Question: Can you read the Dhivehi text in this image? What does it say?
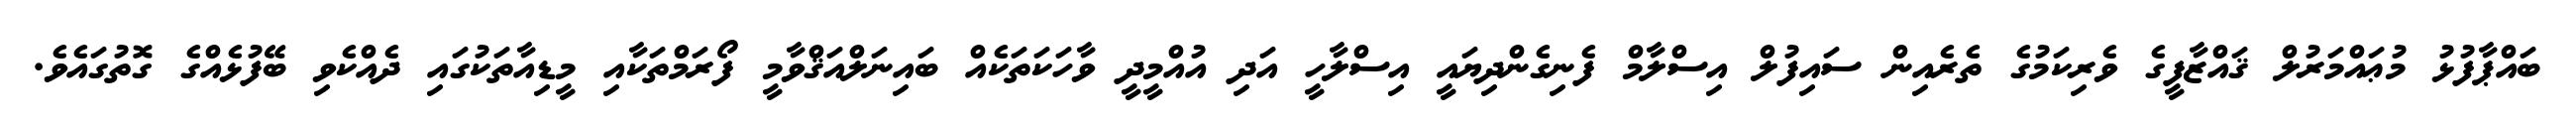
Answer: ބައްޕާފުޅު މުޢައްމަރުލް ޤައްޒާފީގެ ވެރިކަމުގެ ތެރެއިން ސައިފުލް އިސްލާމް ފެނިގެންދިޔައީ އިސްލާހީ އަދި އުއްމީދީ ވާހަކަތަކެއް ބައިނަލްއަޤްވާމީ ފޯރަމްތަކާއި މީޑިއާތަކުގައި ދެއްކެވި ބޭފުޅެއްގެ ގޮތުގައެވެ.